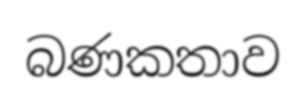
බණකතාව